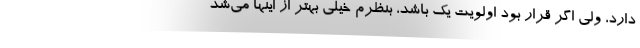
دارد، ولی اگر قرار بود اولویت یک باشد، بنظرم خیلی بهتر از اینها می‌شد